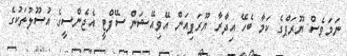
ނަމަވެސް ޔޫރަޕްގެ ކަމާ ބެހޭ އިދާރާ ޔޫރަޕިއަން އޭވިއޭޝަން ސޭފްޓީ އެޖެންސީގެ އުސޫލުތަކުގެ